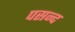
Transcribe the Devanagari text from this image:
पसन्‍द